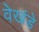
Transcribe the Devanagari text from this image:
वेखंडे